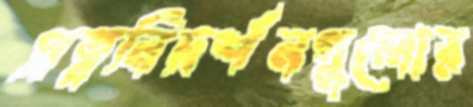
প্রত্ননিদর্শনগুলোর